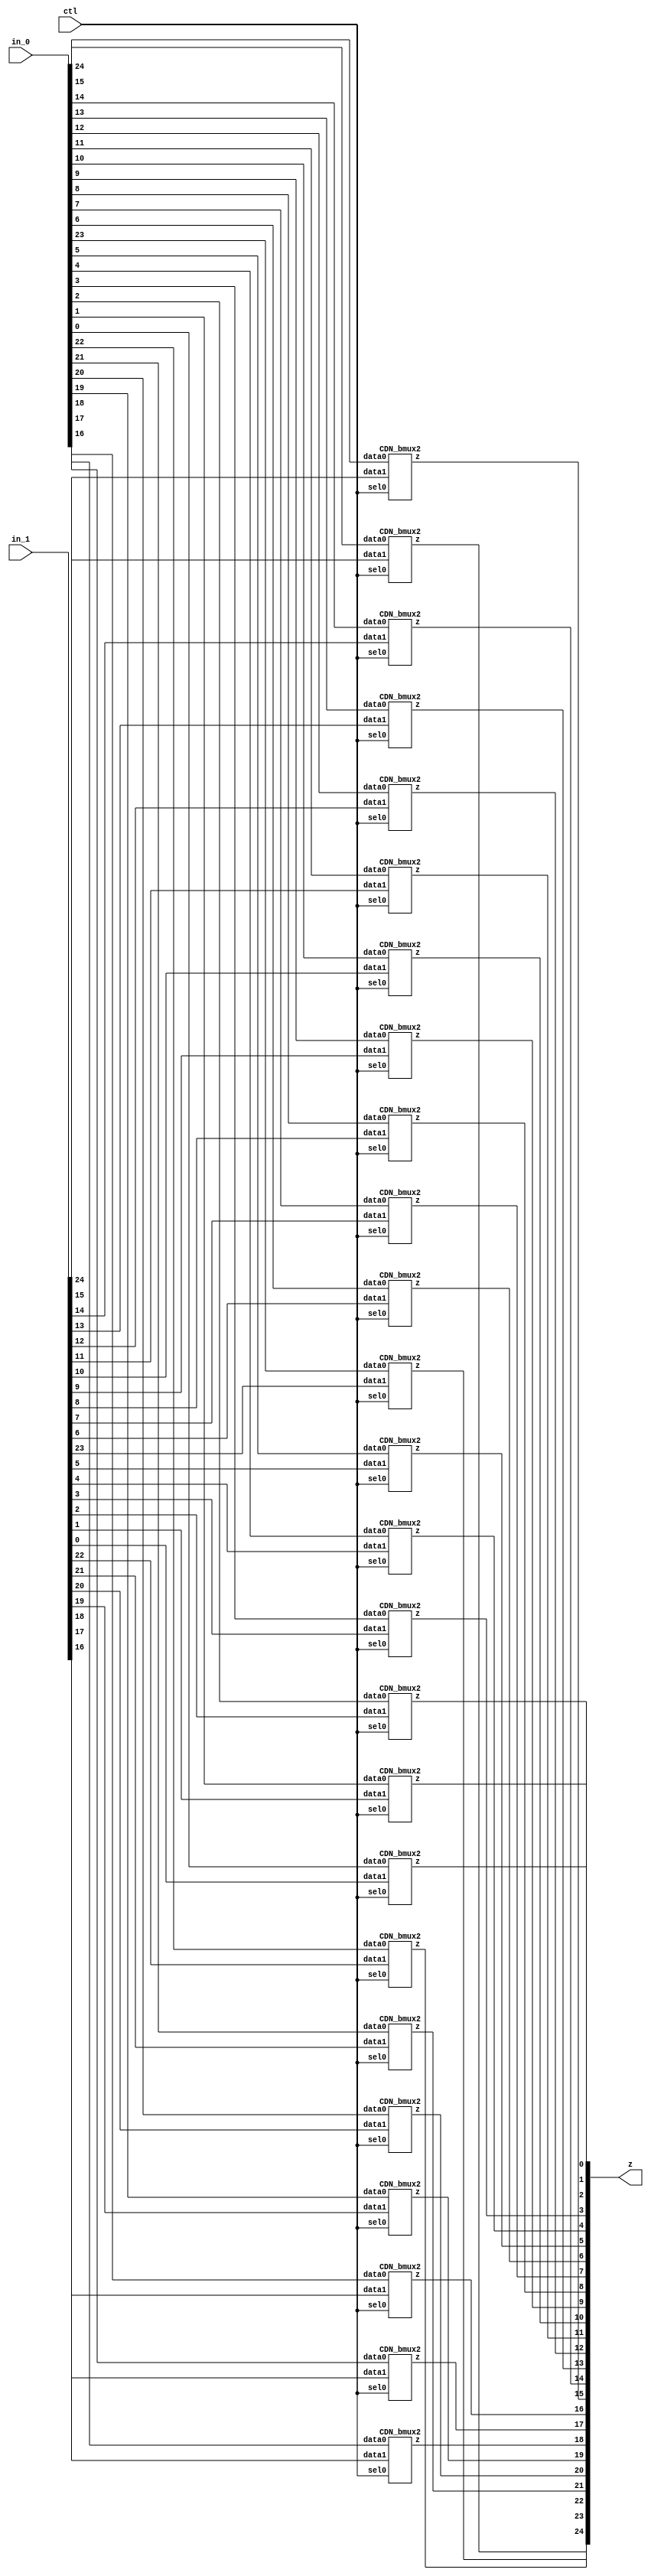

// Generated by Cadence Encounter(R) RTL Compiler RC14.27 - v14.20-s064_1

// Verification Directory fv/dom_and 

module bmux(ctl, in_0, in_1, z);
  input ctl;
  input [24:0] in_0, in_1;
  output [24:0] z;
  CDN_bmux2 g1(.sel0 (ctl), .data0 (in_0[24]), .data1 (in_1[24]), .z
       (z[24]));
  CDN_bmux2 g2(.sel0 (ctl), .data0 (in_0[23]), .data1 (in_1[23]), .z
       (z[23]));
  CDN_bmux2 g3(.sel0 (ctl), .data0 (in_0[22]), .data1 (in_1[22]), .z
       (z[22]));
  CDN_bmux2 g4(.sel0 (ctl), .data0 (in_0[21]), .data1 (in_1[21]), .z
       (z[21]));
  CDN_bmux2 g5(.sel0 (ctl), .data0 (in_0[20]), .data1 (in_1[20]), .z
       (z[20]));
  CDN_bmux2 g6(.sel0 (ctl), .data0 (in_0[19]), .data1 (in_1[19]), .z
       (z[19]));
  CDN_bmux2 g7(.sel0 (ctl), .data0 (in_0[18]), .data1 (in_1[18]), .z
       (z[18]));
  CDN_bmux2 g8(.sel0 (ctl), .data0 (in_0[17]), .data1 (in_1[17]), .z
       (z[17]));
  CDN_bmux2 g9(.sel0 (ctl), .data0 (in_0[16]), .data1 (in_1[16]), .z
       (z[16]));
  CDN_bmux2 g10(.sel0 (ctl), .data0 (in_0[15]), .data1 (in_1[15]), .z
       (z[15]));
  CDN_bmux2 g11(.sel0 (ctl), .data0 (in_0[14]), .data1 (in_1[14]), .z
       (z[14]));
  CDN_bmux2 g12(.sel0 (ctl), .data0 (in_0[13]), .data1 (in_1[13]), .z
       (z[13]));
  CDN_bmux2 g13(.sel0 (ctl), .data0 (in_0[12]), .data1 (in_1[12]), .z
       (z[12]));
  CDN_bmux2 g14(.sel0 (ctl), .data0 (in_0[11]), .data1 (in_1[11]), .z
       (z[11]));
  CDN_bmux2 g15(.sel0 (ctl), .data0 (in_0[10]), .data1 (in_1[10]), .z
       (z[10]));
  CDN_bmux2 g16(.sel0 (ctl), .data0 (in_0[9]), .data1 (in_1[9]), .z
       (z[9]));
  CDN_bmux2 g17(.sel0 (ctl), .data0 (in_0[8]), .data1 (in_1[8]), .z
       (z[8]));
  CDN_bmux2 g18(.sel0 (ctl), .data0 (in_0[7]), .data1 (in_1[7]), .z
       (z[7]));
  CDN_bmux2 g19(.sel0 (ctl), .data0 (in_0[6]), .data1 (in_1[6]), .z
       (z[6]));
  CDN_bmux2 g20(.sel0 (ctl), .data0 (in_0[5]), .data1 (in_1[5]), .z
       (z[5]));
  CDN_bmux2 g21(.sel0 (ctl), .data0 (in_0[4]), .data1 (in_1[4]), .z
       (z[4]));
  CDN_bmux2 g22(.sel0 (ctl), .data0 (in_0[3]), .data1 (in_1[3]), .z
       (z[3]));
  CDN_bmux2 g23(.sel0 (ctl), .data0 (in_0[2]), .data1 (in_1[2]), .z
       (z[2]));
  CDN_bmux2 g24(.sel0 (ctl), .data0 (in_0[1]), .data1 (in_1[1]), .z
       (z[1]));
  CDN_bmux2 g25(.sel0 (ctl), .data0 (in_0[0]), .data1 (in_1[0]), .z
       (z[0]));
endmodule

module dom_and(ClkxCI, RstxBI, XxDI, YxDI, ZxDI, QxDO);
  input ClkxCI, RstxBI;
  input [4:0] XxDI, YxDI;
  input [9:0] ZxDI;
  output [4:0] QxDO;
  wire [24:0] FFxDP;
  bmux mux_FFxDP_77_15(.ctl (n_32), .in_0
       (25'b0000000000000000000000000), .in_1
       (25'b0000000000000000000000000), .z ());
  and g1 (\Xi_mul_Yj[24] , XxDI[4], YxDI[4]);
  and g2 (Xi_mul_Yj_234, XxDI[4], YxDI[3]);
  and g3 (Xi_mul_Yj_232, XxDI[4], YxDI[2]);
  and g4 (Xi_mul_Yj_230, XxDI[4], YxDI[1]);
  and g5 (Xi_mul_Yj_229, XxDI[4], YxDI[0]);
  and g6 (Xi_mul_Yj_226, XxDI[3], YxDI[4]);
  and g7 (\Xi_mul_Yj[18] , XxDI[3], YxDI[3]);
  and g8 (Xi_mul_Yj_223, XxDI[3], YxDI[2]);
  and g9 (Xi_mul_Yj_221, XxDI[3], YxDI[1]);
  and g10 (Xi_mul_Yj_220, XxDI[3], YxDI[0]);
  and g11 (Xi_mul_Yj_217, XxDI[2], YxDI[4]);
  and g12 (Xi_mul_Yj_214, XxDI[2], YxDI[3]);
  and g13 (\Xi_mul_Yj[12] , XxDI[2], YxDI[2]);
  and g14 (Xi_mul_Yj_211, XxDI[2], YxDI[1]);
  and g15 (Xi_mul_Yj_210, XxDI[2], YxDI[0]);
  and g16 (Xi_mul_Yj_207, XxDI[1], YxDI[4]);
  and g17 (Xi_mul_Yj_204, XxDI[1], YxDI[3]);
  and g18 (Xi_mul_Yj_201, XxDI[1], YxDI[2]);
  and g19 (\Xi_mul_Yj[6] , XxDI[1], YxDI[1]);
  and g20 (Xi_mul_Yj_199, XxDI[1], YxDI[0]);
  and g21 (Xi_mul_Yj_196, XxDI[0], YxDI[4]);
  and g22 (Xi_mul_Yj_193, XxDI[0], YxDI[3]);
  and g23 (Xi_mul_Yj_190, XxDI[0], YxDI[2]);
  and g24 (Xi_mul_Yj, XxDI[0], YxDI[1]);
  and g25 (\Xi_mul_Yj[0] , XxDI[0], YxDI[0]);
  xor g28 (n_35, Xi_mul_Yj, ZxDI[0]);
  xor g30 (n_37, Xi_mul_Yj_190, ZxDI[1]);
  xor g32 (n_39, Xi_mul_Yj_193, ZxDI[3]);
  xor g34 (n_41, Xi_mul_Yj_196, ZxDI[6]);
  xor g36 (n_43, Xi_mul_Yj_199, ZxDI[0]);
  xor g39 (n_46, Xi_mul_Yj_201, ZxDI[2]);
  xor g41 (n_48, Xi_mul_Yj_204, ZxDI[4]);
  xor g43 (n_50, Xi_mul_Yj_207, ZxDI[7]);
  xor g45 (n_52, Xi_mul_Yj_210, ZxDI[1]);
  xor g47 (n_54, Xi_mul_Yj_211, ZxDI[2]);
  xor g50 (n_57, Xi_mul_Yj_214, ZxDI[5]);
  xor g52 (n_59, Xi_mul_Yj_217, ZxDI[8]);
  xor g54 (n_61, Xi_mul_Yj_220, ZxDI[3]);
  xor g56 (n_63, Xi_mul_Yj_221, ZxDI[4]);
  xor g58 (n_65, Xi_mul_Yj_223, ZxDI[5]);
  xor g61 (n_68, Xi_mul_Yj_226, ZxDI[9]);
  xor g63 (n_70, Xi_mul_Yj_229, ZxDI[6]);
  xor g65 (n_72, Xi_mul_Yj_230, ZxDI[7]);
  xor g67 (n_74, Xi_mul_Yj_232, ZxDI[8]);
  xor g69 (n_76, Xi_mul_Yj_234, ZxDI[9]);
  CDN_flop \FFxDP_reg[0] (.clk (ClkxCI), .d (\Xi_mul_Yj[0] ), .sena
       (1'b1), .aclr (n_32), .apre (1'b0), .srl (1'b0), .srd (1'b0), .q
       (FFxDP[0]));
  CDN_flop \FFxDP_reg[1] (.clk (ClkxCI), .d (n_35), .sena (1'b1), .aclr
       (n_32), .apre (1'b0), .srl (1'b0), .srd (1'b0), .q (FFxDP[1]));
  CDN_flop \FFxDP_reg[2] (.clk (ClkxCI), .d (n_37), .sena (1'b1), .aclr
       (n_32), .apre (1'b0), .srl (1'b0), .srd (1'b0), .q (FFxDP[2]));
  CDN_flop \FFxDP_reg[3] (.clk (ClkxCI), .d (n_39), .sena (1'b1), .aclr
       (n_32), .apre (1'b0), .srl (1'b0), .srd (1'b0), .q (FFxDP[3]));
  CDN_flop \FFxDP_reg[4] (.clk (ClkxCI), .d (n_41), .sena (1'b1), .aclr
       (n_32), .apre (1'b0), .srl (1'b0), .srd (1'b0), .q (FFxDP[4]));
  CDN_flop \FFxDP_reg[5] (.clk (ClkxCI), .d (n_43), .sena (1'b1), .aclr
       (n_32), .apre (1'b0), .srl (1'b0), .srd (1'b0), .q (FFxDP[5]));
  CDN_flop \FFxDP_reg[6] (.clk (ClkxCI), .d (\Xi_mul_Yj[6] ), .sena
       (1'b1), .aclr (n_32), .apre (1'b0), .srl (1'b0), .srd (1'b0), .q
       (FFxDP[6]));
  CDN_flop \FFxDP_reg[7] (.clk (ClkxCI), .d (n_46), .sena (1'b1), .aclr
       (n_32), .apre (1'b0), .srl (1'b0), .srd (1'b0), .q (FFxDP[7]));
  CDN_flop \FFxDP_reg[8] (.clk (ClkxCI), .d (n_48), .sena (1'b1), .aclr
       (n_32), .apre (1'b0), .srl (1'b0), .srd (1'b0), .q (FFxDP[8]));
  CDN_flop \FFxDP_reg[9] (.clk (ClkxCI), .d (n_50), .sena (1'b1), .aclr
       (n_32), .apre (1'b0), .srl (1'b0), .srd (1'b0), .q (FFxDP[9]));
  CDN_flop \FFxDP_reg[10] (.clk (ClkxCI), .d (n_52), .sena (1'b1),
       .aclr (n_32), .apre (1'b0), .srl (1'b0), .srd (1'b0), .q
       (FFxDP[10]));
  CDN_flop \FFxDP_reg[11] (.clk (ClkxCI), .d (n_54), .sena (1'b1),
       .aclr (n_32), .apre (1'b0), .srl (1'b0), .srd (1'b0), .q
       (FFxDP[11]));
  CDN_flop \FFxDP_reg[12] (.clk (ClkxCI), .d (\Xi_mul_Yj[12] ), .sena
       (1'b1), .aclr (n_32), .apre (1'b0), .srl (1'b0), .srd (1'b0), .q
       (FFxDP[12]));
  CDN_flop \FFxDP_reg[13] (.clk (ClkxCI), .d (n_57), .sena (1'b1),
       .aclr (n_32), .apre (1'b0), .srl (1'b0), .srd (1'b0), .q
       (FFxDP[13]));
  CDN_flop \FFxDP_reg[14] (.clk (ClkxCI), .d (n_59), .sena (1'b1),
       .aclr (n_32), .apre (1'b0), .srl (1'b0), .srd (1'b0), .q
       (FFxDP[14]));
  CDN_flop \FFxDP_reg[15] (.clk (ClkxCI), .d (n_61), .sena (1'b1),
       .aclr (n_32), .apre (1'b0), .srl (1'b0), .srd (1'b0), .q
       (FFxDP[15]));
  CDN_flop \FFxDP_reg[16] (.clk (ClkxCI), .d (n_63), .sena (1'b1),
       .aclr (n_32), .apre (1'b0), .srl (1'b0), .srd (1'b0), .q
       (FFxDP[16]));
  CDN_flop \FFxDP_reg[17] (.clk (ClkxCI), .d (n_65), .sena (1'b1),
       .aclr (n_32), .apre (1'b0), .srl (1'b0), .srd (1'b0), .q
       (FFxDP[17]));
  CDN_flop \FFxDP_reg[18] (.clk (ClkxCI), .d (\Xi_mul_Yj[18] ), .sena
       (1'b1), .aclr (n_32), .apre (1'b0), .srl (1'b0), .srd (1'b0), .q
       (FFxDP[18]));
  CDN_flop \FFxDP_reg[19] (.clk (ClkxCI), .d (n_68), .sena (1'b1),
       .aclr (n_32), .apre (1'b0), .srl (1'b0), .srd (1'b0), .q
       (FFxDP[19]));
  CDN_flop \FFxDP_reg[20] (.clk (ClkxCI), .d (n_70), .sena (1'b1),
       .aclr (n_32), .apre (1'b0), .srl (1'b0), .srd (1'b0), .q
       (FFxDP[20]));
  CDN_flop \FFxDP_reg[21] (.clk (ClkxCI), .d (n_72), .sena (1'b1),
       .aclr (n_32), .apre (1'b0), .srl (1'b0), .srd (1'b0), .q
       (FFxDP[21]));
  CDN_flop \FFxDP_reg[22] (.clk (ClkxCI), .d (n_74), .sena (1'b1),
       .aclr (n_32), .apre (1'b0), .srl (1'b0), .srd (1'b0), .q
       (FFxDP[22]));
  CDN_flop \FFxDP_reg[23] (.clk (ClkxCI), .d (n_76), .sena (1'b1),
       .aclr (n_32), .apre (1'b0), .srl (1'b0), .srd (1'b0), .q
       (FFxDP[23]));
  CDN_flop \FFxDP_reg[24] (.clk (ClkxCI), .d (\Xi_mul_Yj[24] ), .sena
       (1'b1), .aclr (n_32), .apre (1'b0), .srl (1'b0), .srd (1'b0), .q
       (FFxDP[24]));
  not g74 (n_32, RstxBI);
  xor g75 (n_291, FFxDP[20], FFxDP[21]);
  xor g76 (n_292, FFxDP[22], FFxDP[23]);
  xor g77 (n_293, FFxDP[24], n_291);
  xor g78 (QxDO[4], n_292, n_293);
  xor g79 (n_294, FFxDP[15], FFxDP[16]);
  xor g80 (n_295, FFxDP[17], FFxDP[18]);
  xor g81 (n_296, FFxDP[19], n_294);
  xor g82 (QxDO[3], n_295, n_296);
  xor g83 (n_297, FFxDP[10], FFxDP[11]);
  xor g84 (n_298, FFxDP[12], FFxDP[13]);
  xor g85 (n_299, FFxDP[14], n_297);
  xor g86 (QxDO[2], n_298, n_299);
  xor g87 (n_300, FFxDP[5], FFxDP[6]);
  xor g88 (n_301, FFxDP[7], FFxDP[8]);
  xor g89 (n_302, FFxDP[9], n_300);
  xor g90 (QxDO[1], n_301, n_302);
  xor g91 (n_303, FFxDP[0], FFxDP[1]);
  xor g92 (n_304, FFxDP[2], FFxDP[3]);
  xor g93 (n_305, FFxDP[4], n_303);
  xor g94 (QxDO[0], n_304, n_305);
endmodule

`ifdef RC_CDN_GENERIC_GATE
`else
module CDN_flop(clk, d, sena, aclr, apre, srl, srd, q);
  input clk, d, sena, aclr, apre, srl, srd;
  output q;
  reg  qi;
  assign #1 q = qi;
  always 
    @(posedge clk or posedge apre or posedge aclr) 
      if (aclr) 
        qi <= 0;
      else if (apre) 
          qi <= 1;
        else if (srl) 
            qi <= srd;
          else begin
            if (sena) 
              qi <= d;
          end
  initial 
    qi <= 1'b0;
endmodule
`endif
`ifdef RC_CDN_GENERIC_GATE
`else
`ifdef ONE_HOT_MUX
module CDN_bmux2(sel0, data0, data1, z);
  input sel0, data0, data1;
  output z;
  reg  z;
  always 
    @(sel0 or data0 or data1) 
      case ({sel0})
       1'b0: z = data0;
       1'b1: z = data1;
      endcase
endmodule
`else
module CDN_bmux2(sel0, data0, data1, z);
  input sel0, data0, data1;
  output z;
  not i_0 (inv_sel0, sel0);
  and a_0 (w_0, inv_sel0, data0);
  and a_1 (w_1, sel0, data1);
  or org (z, w_0, w_1);
endmodule
`endif // ONE_HOT_MUX
`endif